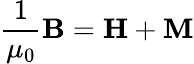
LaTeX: {\frac{1}{\mu_{0}}}\mathbf{B}=\mathbf{H}+\mathbf{M}